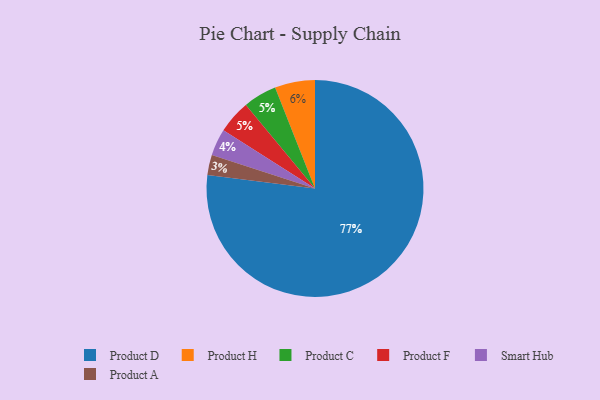
{"axis": {"x": "Category", "y": "Percentage"}, "legend": ["Product A", "Product C", "Product D", "Product F", "Product H", "Smart Hub"], "data": [{"x": "Product C", "y": 5, "type": "Product C"}, {"x": "Product A", "y": 3, "type": "Product A"}, {"x": "Smart Hub", "y": 4, "type": "Smart Hub"}, {"x": "Product D", "y": 77, "type": "Product D"}, {"x": "Product F", "y": 5, "type": "Product F"}, {"x": "Product H", "y": 6, "type": "Product H"}]}